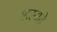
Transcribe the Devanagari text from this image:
शस्यते